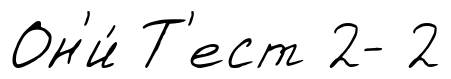
Он'и́ Т'ест 2- 2